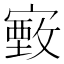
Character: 𫴄